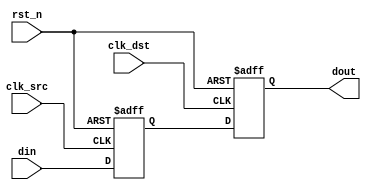
module signal_level_crossing_synchronizer #(
    parameter WIDTH = 1 // Width of the input signal
)(
    input wire clk_src,          // Source clock
    input wire clk_dst,          // Destination clock
    input wire [WIDTH-1:0] din,  // Input signal to be synchronized
    input wire rst_n,            // Asynchronous active-low reset
    output reg [WIDTH-1:0] dout  // Synchronized output signal
);

    // Internal signals for the dual flip-flop synchronizer
    reg [WIDTH-1:0] sync_ff1; // First flip-flop output

    // First flip-flop: samples the input signal on the source clock
    always @(posedge clk_src or negedge rst_n) begin
        if (!rst_n) begin
            sync_ff1 <= {WIDTH{1'b0}}; // Initialize to 0 on reset
        end else begin
            sync_ff1 <= din; // Sample input signal
        end
    end

    // Second flip-flop: samples the output of the first flip-flop on the destination clock
    always @(posedge clk_dst or negedge rst_n) begin
        if (!rst_n) begin
            dout <= {WIDTH{1'b0}}; // Initialize to 0 on reset
        end else begin
            dout <= sync_ff1; // Output the synchronized signal
        end
    end

endmodule